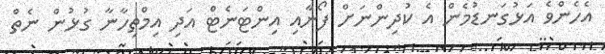
އެހެންވެ އަޅުގަނޑުމެން އެ ކުދިންނަށް ފޯނާއި އިންޓަނެޓް އަދި އިމްތިހާނާ ގުޅުން ނެތް